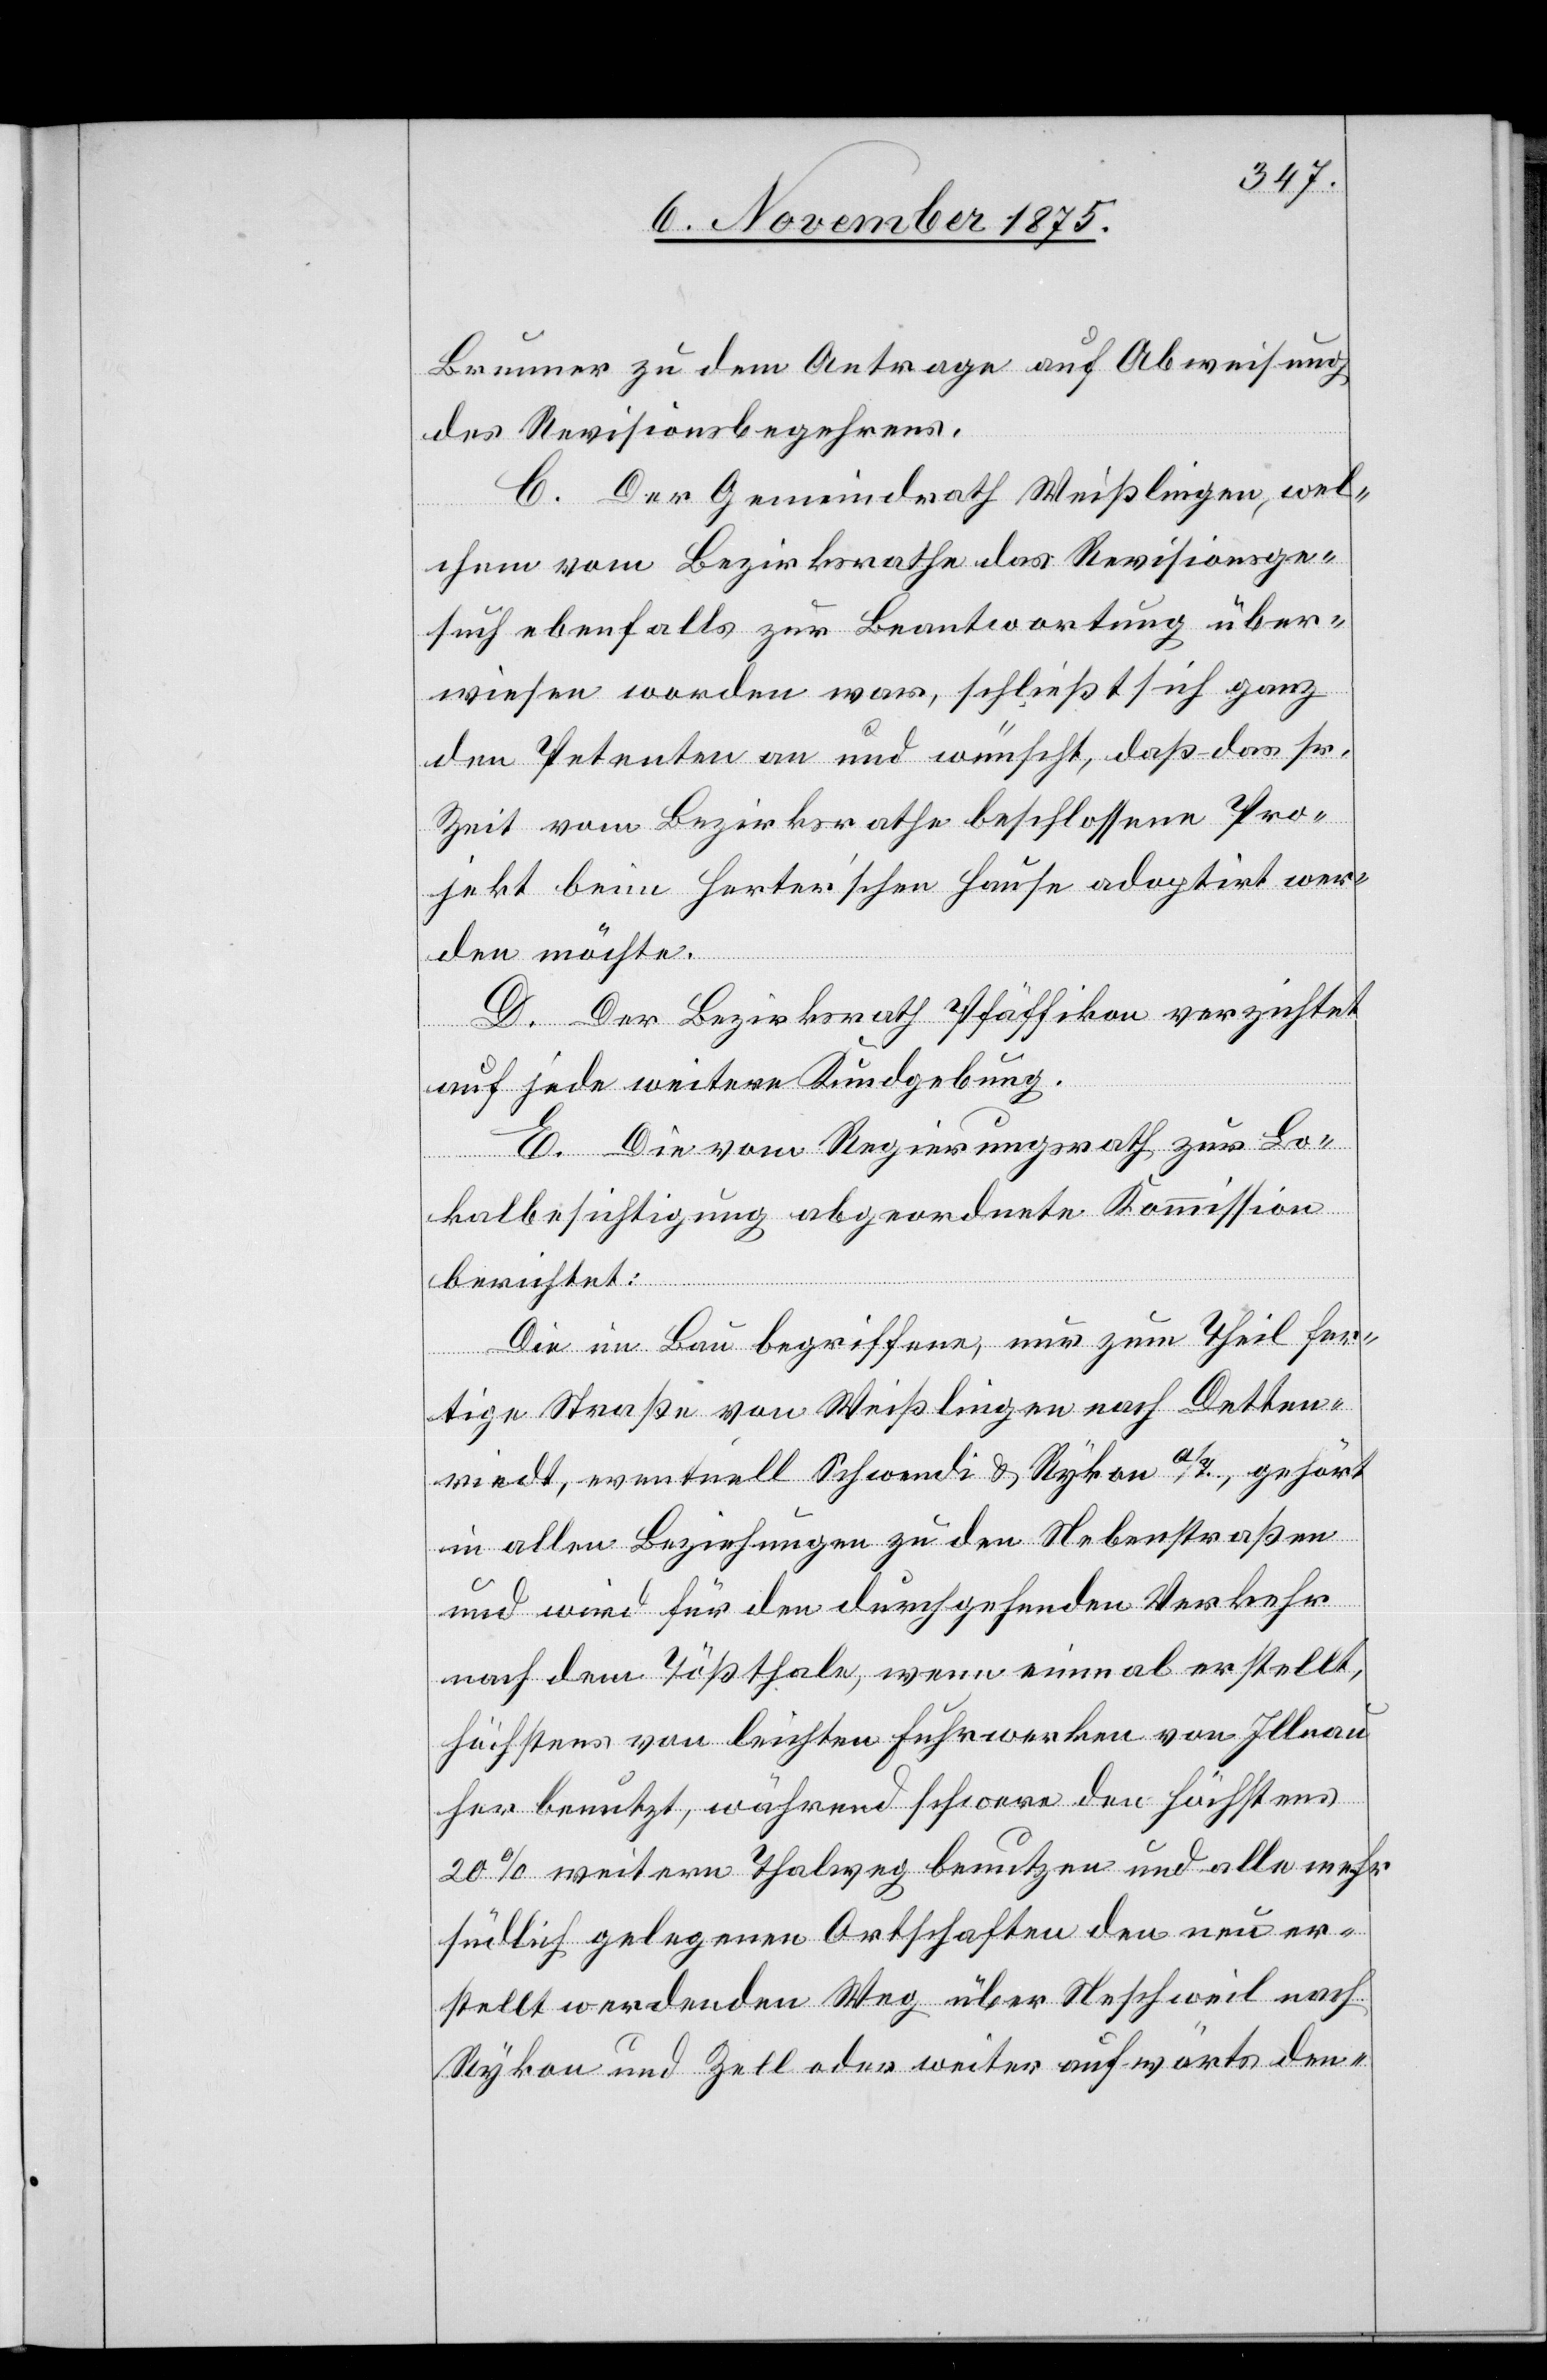
Brunner zu dem Antrage auf Abweisung
des Revisionsbegehrens.
C. Der Gemeindrath Weißlingen, wel¬
chem vom Bezirksrathe das Revisionsge¬
such ebenfalls zur Beantwortung über¬
wiesen worden war, schließt sich ganz
den Petenten an und wünscht, daß das sr.
Zeit vom Bezirksrathe beschlossene Pro¬
jekt beim Herter’schen Hause adoptirt wer¬
den möchte.
D. Der Bezirksrath Pfäffikon verzichtet
auf jede weitere Kundgebung.
E. Die vom Regierungsrath zur Lo¬
kalbesichtigung abgeordnete Kommission
berichtet:
Die im Bau begriffene, nur zum Theil fer¬
tige Straße von Weißlingen nach Detten¬
riedt, eventuell Schwendi & Rykon a/T., gehört
in allen Beziehungen zu den Nebenstraßen
und wird für den durchgehenden Verkehr
nach dem Tößthale, wenn einmal erstellt,
höchstens von leichten Fuhrwerken von Illnau
her benutzt, während schwere den höchstens
20% weitern Thalweg benutzen und alle mehr
südlich gelegenen Ortschaften den neu er¬
stellt werdenden Weg über Neschweil nach
Rykon und Zell oder weiter aufwärts den-